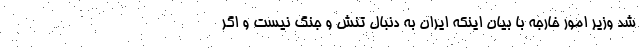
شد وزیر امور خارجه با بیان اینکه ایران به دنبال تنش و جنگ نیست و اگر